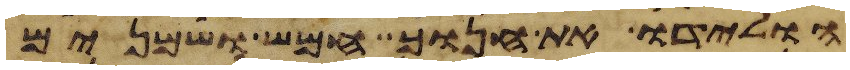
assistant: הולידו את חנוך חמש ושמנים